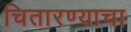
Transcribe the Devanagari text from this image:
चितारण्याचा